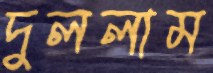
দুললাম